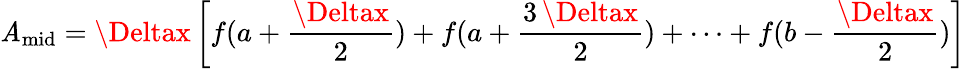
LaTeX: \mathit{A}_{\mathrm{{mid}}}=\Deltax\left[f(a+{\frac{{\Deltax}}{{2}}})+f(a+{\frac{{3\, \Deltax}}{{2}}})+\cdots+f(b-{\frac{{\Deltax}}{{2}}})\right]